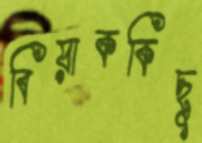
বিয়াককিছু